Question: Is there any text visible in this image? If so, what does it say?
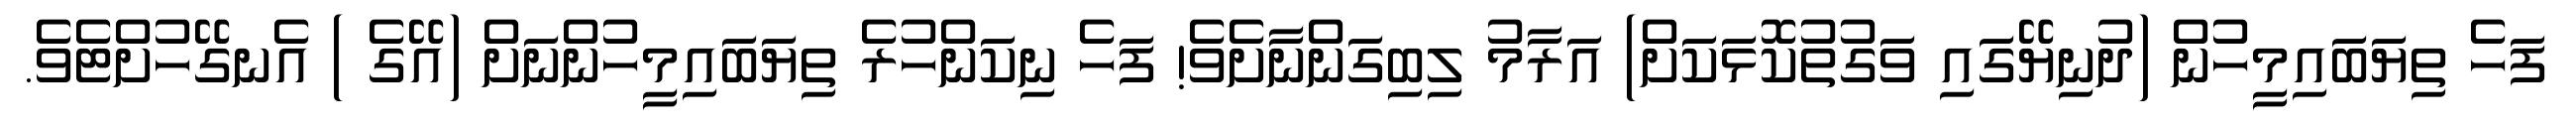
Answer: ފަހެ ތިޔަބައިމީހުން (ދުނިޔޭގައި ވަގުތުކޮޅަކަށް) އަރާމު ލިބިގަންނާށެވެ! ފަހެ ނިކަންހުރެ ތިޔަބައިމީހުންނަށް (އޭގެ ) އެނގޭހުށްޓެވެ.